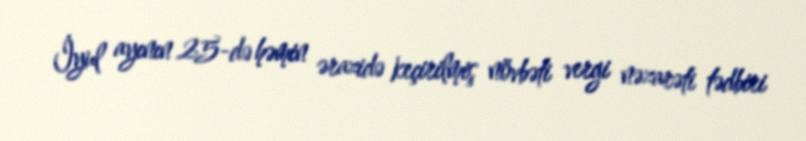
İyul ayının 25-də həmin ərazidə keçirilmiş növbəti vergi nəzarəti tədbiri